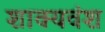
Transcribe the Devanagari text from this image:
शाक्यवंश